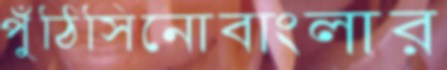
পুঁঠিসিনোবাংলার